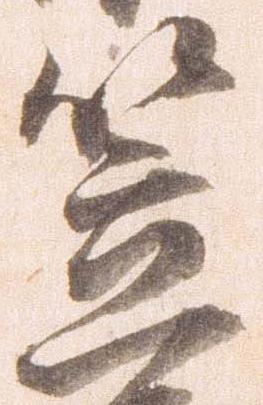
笠